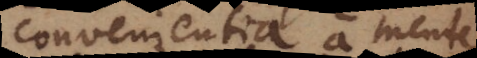
convenientia a mente